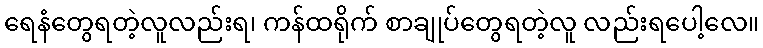
ရေနံတွေရတဲ့လူလည်းရ၊ ကန်ထရိုက် စာချုပ်တွေရတဲ့လူ လည်းရပေါ့လေ။